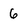
Character: 6